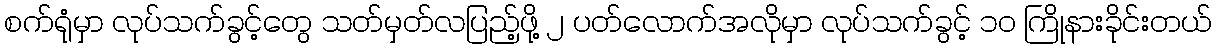
စက်ရုံမှာ လုပ်သက်ခွင့်တွေ သတ်မှတ်လပြည့်ဖို့ ၂ ပတ်လောက်အလိုမှာ လုပ်သက်ခွင့် ၁၀ ကြိုနားခိုင်းတယ်